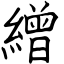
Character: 繒